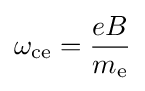
\omega _{\text{ce}}={\frac {eB}{m_{\text{e}}}}